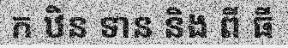
ក ឋិន ទាន និង ពី ធី